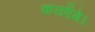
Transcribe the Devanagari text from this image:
कराएँगे।